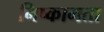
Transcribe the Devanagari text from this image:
निष्कामता